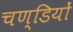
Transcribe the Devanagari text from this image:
चण्डियों